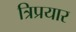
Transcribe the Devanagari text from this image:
त्रिप्रयार